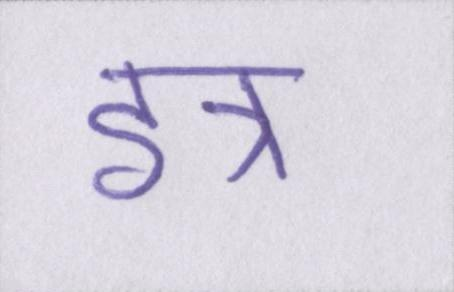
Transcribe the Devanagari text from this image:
इत्र